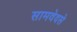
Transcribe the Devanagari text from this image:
सामवेदसे